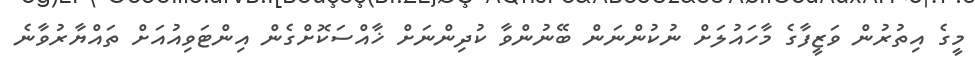
މީގެ އިތުުރުން ވަޒީފާގެ މާހައުލަށް ނުކުންނަން ބޭނުންވާ ކުދިންނަށް ޚާއްސަކޮށްގެން އިންޓަވިއުއަށް ތައްޔާރުވާނެ